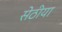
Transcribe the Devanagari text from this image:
सेठीया